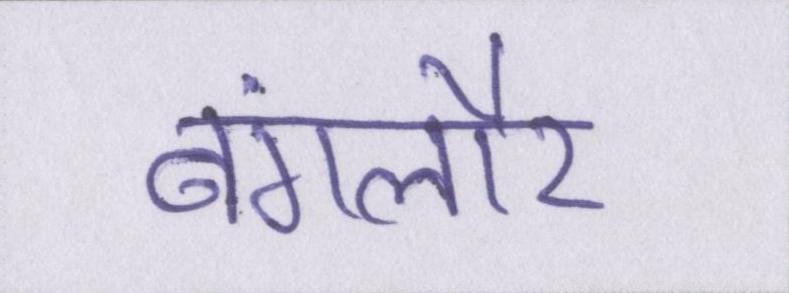
बंगलौर